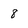
Character: 8